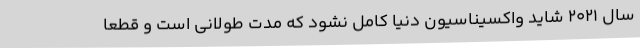
سال ۲۰۲۱ شاید واکسیناسیون دنیا کامل نشود که مدت طولانی است و قطعا